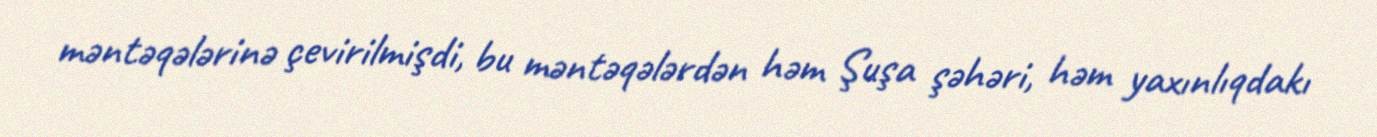
məntəqələrinə çevirilmişdi, bu məntəqələrdən həm Şuşa şəhəri, həm yaxınlıqdakı